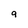
Character: 9